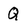
Character: Q